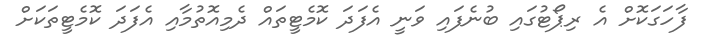
ފާހަގަކޮށް އެ ރިޕޯޓުގައި ބުނެފައި ވަނީ އެފަދަ ކޮމެޓީތައް ދެމިއޮތުމާއި އެފަދަ ކޮމެޓީތަކަށް